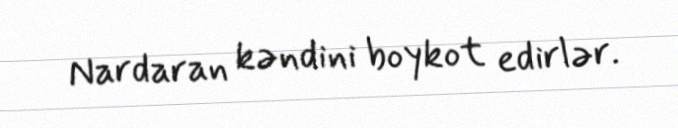
Nardaran kəndini boykot edirlər.